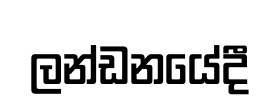
ලන්ඩනයේදී